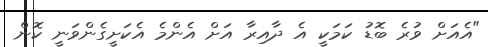
"އެއަށް ވުރެ ބޮޑު ކަމަކީ އެ ދާއިރާ އަށް އެންމެ އެކަށީގެންވަނީ ކޮން